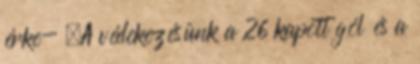
érke- „A védekezésünk a 26 kapott gól és a